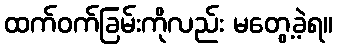
ထက်ဝက်ခြမ်းကိုလည်း မတွေ့ခဲ့ရ။